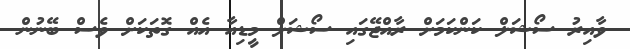
ވާއިރު ސޯޝަލް ކަންކަމަށް ރާއްޖޭގައި ސޯޝަލް މީޑިއާ އެއް ގޮތަކަށް ވެސް ބޭނުން